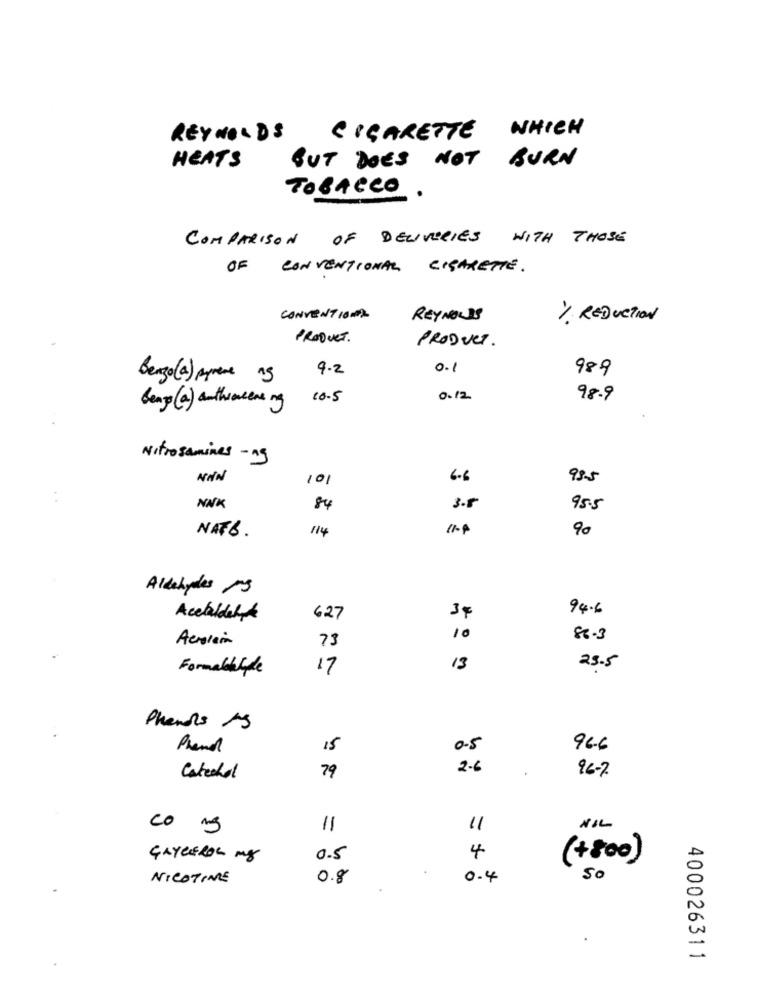
REYNOLDS CIGARETTE WHICH
HEATS
BUT DOES NOT BURN
TOBACCO .
COMPARISON OF DELIVERIES WITH THOSE
OF CONVENTIONAL CIGARETTE.
CONVENTIONAL
REYNOLDS
1 REDUCTION
PRODUCT.
PRODUCT.
4.2
0.1
989
Benzo(a) prens 15
10.5
0.12
98.9
Bengo(a) authroceasing
Nitrosamines - ng
NON
101
6.6
99.5
NNK
84
3.5
95.5
NATE.
114
90
Aldehydes 13
94.6
Acetaldetak
627
34
10
86.3
73
Formalkliple
17
13
23.5
Phenols AS
Phenol
15
0.5
96.6
2.6
96-7
Catechol
79
co mg
11
11
NIL
GLYCEROL mg
0.5
4
(+800)
NICOTINE
0.8
0.4
50
400026311